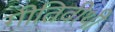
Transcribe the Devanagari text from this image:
गीतिवीथी